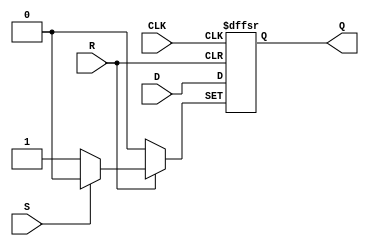
module d_flip_flop (
    input wire D, // Data input
    input wire CLK, // Clock input
    input wire R, // Asynchronous reset input
    input wire S, // Asynchronous set input
    output reg Q // Output
);

always @(posedge CLK or negedge R or negedge S) begin
    if (R == 0) begin // Asynchronous reset
        Q <= 1'b0;
    end else if (S == 0) begin // Asynchronous set
        Q <= 1'b1;
    end else begin // Store data on positive clock edge
        Q <= D;
    end
end

endmodule